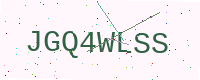
Text: JGQ4WLSS